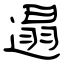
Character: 遢